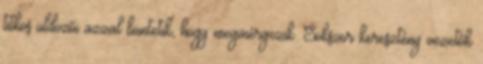
titkos üldözői azzal büntetik, hogy megmérgezik. Sokszor keresztény vezetők